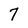
Character: 7